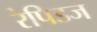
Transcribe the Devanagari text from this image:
रेपिडज